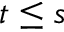
t \leq s